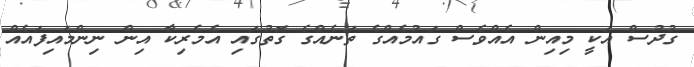
ގުދުސް އަކީ މިއިން އެއްވެސް ގައުމެއްގެ ތަނެއްގެ ގޮތުގައި އެމެރިކާ އިން ނިންމައިފައެއް